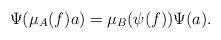
LaTeX: \begin{align*}\Psi ( \mu_A (f) a ) = \mu_B ( \psi (f) ) \Psi (a).\end{align*}